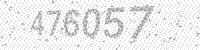
Solution: 476057